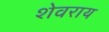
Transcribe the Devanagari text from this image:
शेवराय